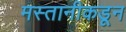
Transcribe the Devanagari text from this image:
मस्तानीकडून